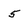
Character: 5